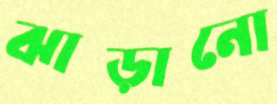
ঝাড়ানো